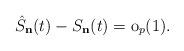
LaTeX: \begin{align*}\hat{S}_{\mathbf{n}}(t)-S_{\mathbf{n}}(t)=\mathrm{o}_{p}(1).\end{align*}